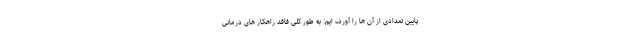
پایین تعدادی از آن ها را آورده ایم: به طور کلی فاقد راهکار های درمانی